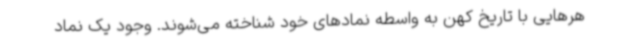
هرهایی با تاریخ کهن به واسطه نمادهای خود شناخته می‌شوند. وجود یک نماد